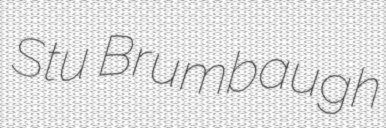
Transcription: Stu Brumbaugh